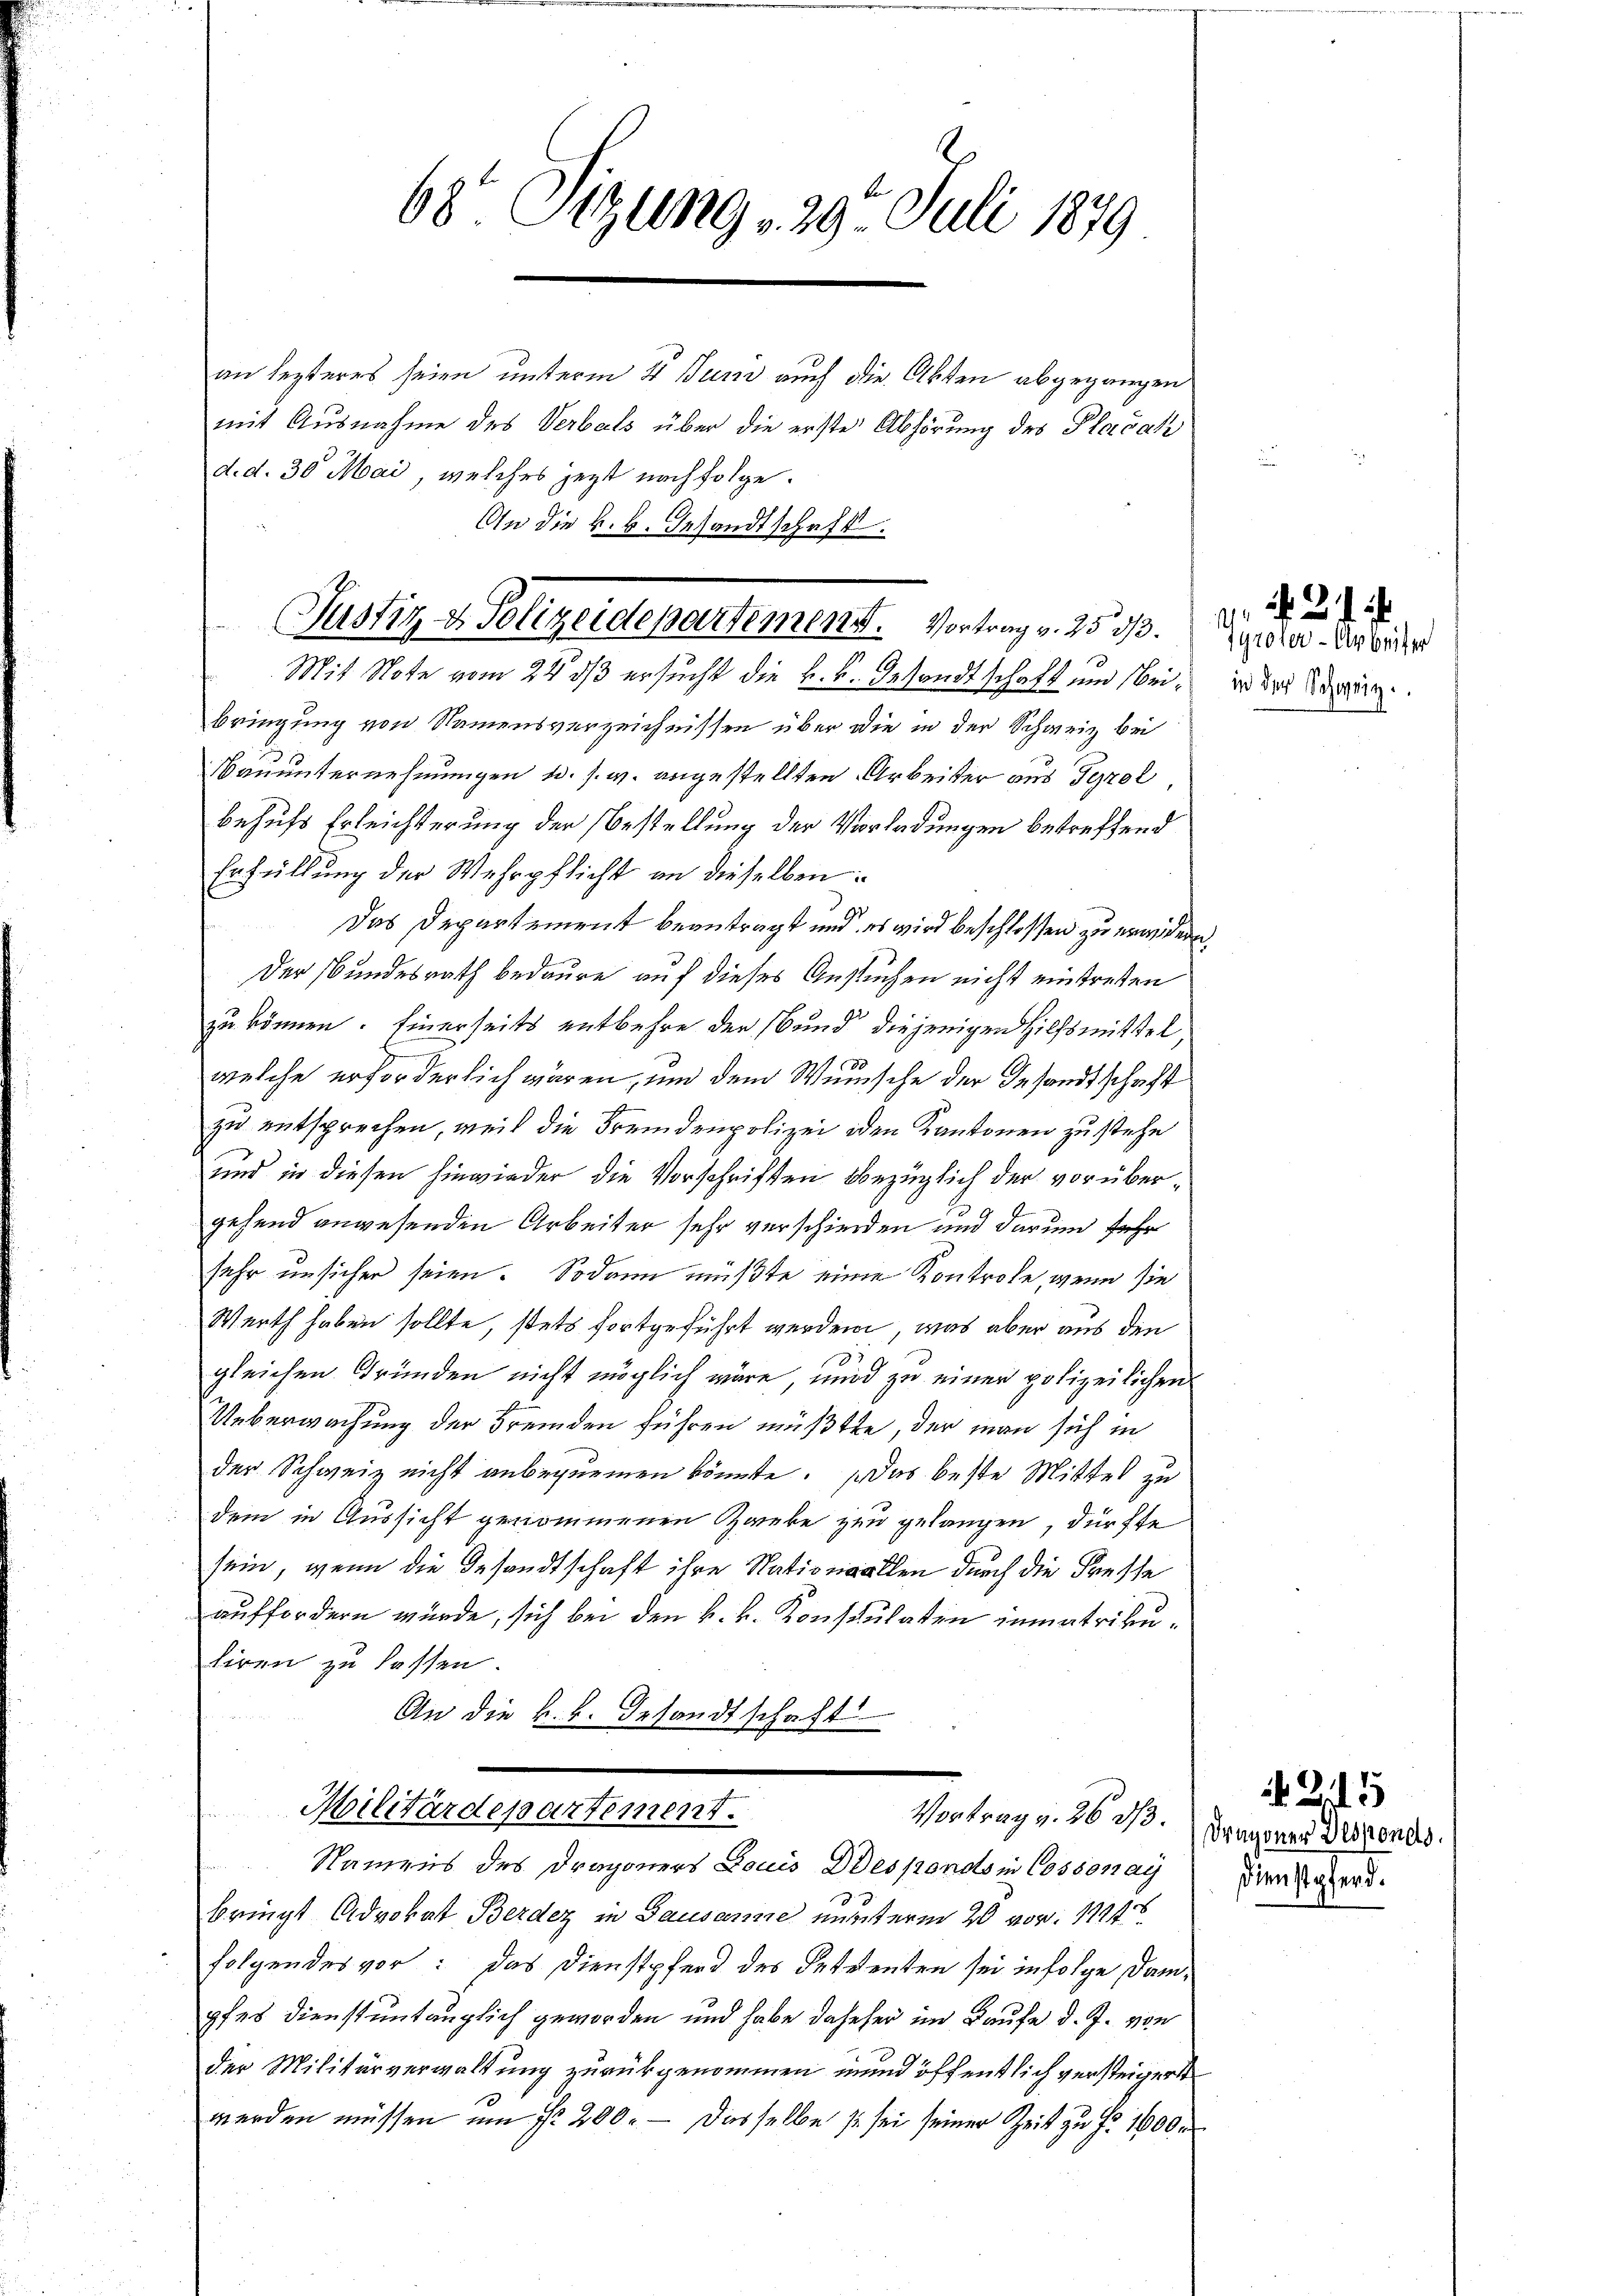
68 Sizung 29. Juli 1879

an lezteres seien unterm 4 Juni auch die Akten abgegangen
mit Ausnahme des Verbals über die erste Abhörung des Plačak
d. d. 30 Mai, welches jezt nachfolge.
An die k. k. Gesandtschaft.

Justiz & Polizeidepartement. Vortrag v. 25. d. d. d.
Mit Note vom 24. ds ersucht die k.k. Gesandtschaft und sei¬

bringung von Namensverzeichnissen über die in der Schweiz bei
Bauunternehmungen u. s. w. angestellten Arbeiter aus Tyrol
behufs Erleichterung der Bestellung der Vorladungen betreffend
Erfüllung der Wehrpflicht an dieselben
Das Departement beantragt und es wird beschlossen zu erwidern,
Der Bundesrath bedaure auf dieses Ansuchen nicht eintreten
zu können. Einerseits entbehre der Bund diejenigen Hilfsmittel
welche erforderlich wären, und dem Wunsche der Gesandtschaft
zu entsprechen, weil die Fremdenpolizei den Kantonen zu stehe
und in diesen hinwieder die Vorschriften bezüglich der vorübergehend anwesenden Arbeiter sehr verschieden und darum sehr
sehr unsicher seien. Sodann müßte eine Kontrole, wenn sie
Werth haben sollte, stets fortgeführt werden, was aber aus den
gleichen Gründen nicht möglich wäre, und zu einer polizeilichen
Ueberwachung der Fremden führen müßte, der man sich in
der Schweiz nicht anbequemen könnte. Das beste Mittel zu
dem in Aussicht genommenen Zanke zur gelangen, dürfte
sein, wenn die Gesandtschaft ihre Nation allen durch die Fresse
auffordern würde, sich bei den k. k. Konsulaten immatrikuliren zu lassen
An die k.k. Gesandtschaft
Militärdepartement.
Vortrag v. 28 M. Dragoner Disponds.
Namens des Dragoners Louis Dresponds in Cossonay
bringt Advokat Berdez in Gausanne munterm 20. vor. 1121
folgendes vor: das Dienstpferd des Seidenten sei infolge Dampfes dienstuntauglich geworden und habe daheher im Kaufe d. J. von
der Militärverwaltung zurückgenommen mund öffentlich versteigert
werden müssen um fr. 200. — Dasselbe se sei seiner Zeit zu Fr. 1600 r

Tyroler - Arbeiter
in der Schweiz.

245
Dienstpferd.